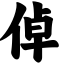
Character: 倬